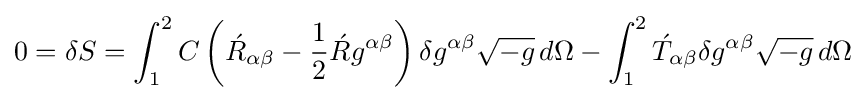
0=\delta S=\int _{1}^{2}C\left({\acute {R}}_{\alpha \beta }-{1 \over 2}{\acute {R}}g^{\alpha \beta }\right)\delta g^{\alpha \beta }{\sqrt {-g}}\,d\Omega -\int _{1}^{2}{\acute {T}}_{\alpha \beta }\delta g^{\alpha \beta }{\sqrt {-g}}\,d\Omega